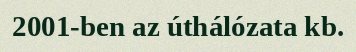
2001-ben az úthálózata kb.